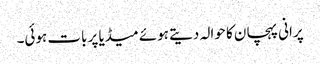
پرانی پہچان کا حوالہ دیتے ہوئے میڈیا پر بات ہوئی۔